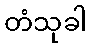
တံသုခါ